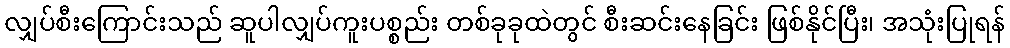
လျှပ်စီးကြောင်းသည် ဆူပါလျှပ်ကူးပစ္စည်း တစ်ခုခုထဲတွင် စီးဆင်းနေခြင်း ဖြစ်နိုင်ပြီး၊ အသုံးပြုရန်